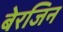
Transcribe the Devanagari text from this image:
बेरजिन